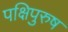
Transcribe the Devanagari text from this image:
पक्षिपुरुष